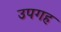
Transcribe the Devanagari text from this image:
उपगह